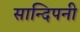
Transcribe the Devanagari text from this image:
सान्दिपनी